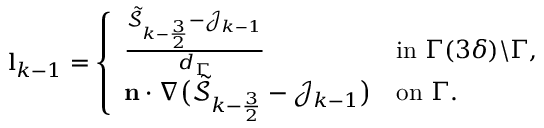
\begin{array} { r } { \mathbf { l } _ { k - 1 } = \left\{ \begin{array} { l l } { \frac { \tilde { \mathcal { S } } _ { k - \frac { 3 } { 2 } } - \mathcal { J } _ { k - 1 } } { d _ { \Gamma } } } & { \mathrm { i n ~ } \Gamma ( 3 \delta ) \backslash \Gamma , } \\ { \mathbf { n } \cdot \nabla \big ( \tilde { \mathcal { S } } _ { k - \frac { 3 } { 2 } } - \mathcal { J } _ { k - 1 } \big ) } & { \mathrm { o n ~ } \Gamma . } \end{array} \right. } \end{array}